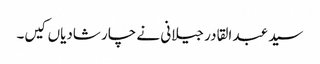
سید عبد القادر جیلانی نے چار شادیاں کیں۔